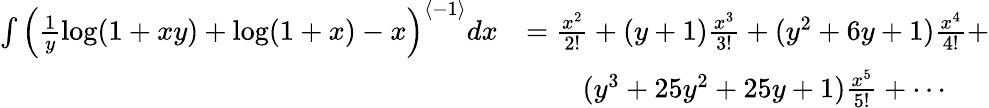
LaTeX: \begin{array}{rl}{\int\left(\frac{1}{y}\log(1+xy)+\log(1+x)-x\right)^{\left<-1\right>}dx}&{=\frac{x^{2}}{2!}+(y+1)\frac{x^{3}}{3!}+(y^{2}+6y+1)\frac{x^{4}}{4!}+}\\ &{\qquad(y^{3}+25y^{2}+25y+1)\frac{x^{5}}{5!}+\cdots}\end{array}